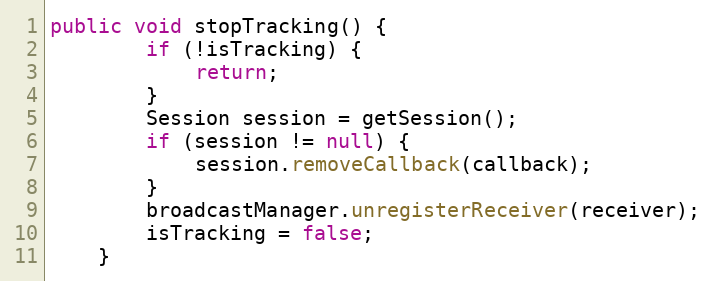
Language: Java
public void stopTracking() {
        if (!isTracking) {
            return;
        }
        Session session = getSession();
        if (session != null) {
            session.removeCallback(callback);
        }
        broadcastManager.unregisterReceiver(receiver);
        isTracking = false;
    }